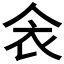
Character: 𲀥